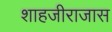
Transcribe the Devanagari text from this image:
शाहजीराजास